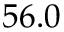
5 6 . 0